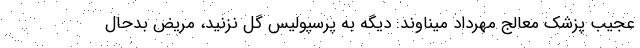
عجیب پزشک معالج مهرداد میناوند: دیگه به پرسپولیس گل نزنید، مریض بدحال